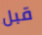
قبل